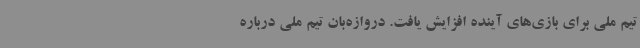
تیم ملی برای بازی‌های آینده افزایش یافت. دروازه‌بان تیم ملی درباره